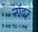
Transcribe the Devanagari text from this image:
नॉइर